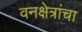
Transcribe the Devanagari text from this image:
वनक्षेत्रांचा